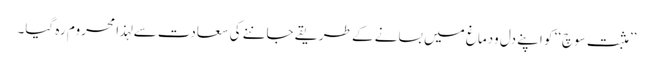
’’مثبت سوچ‘‘ کو اپنے دل ودماغ میں بسانے کے طریقے جاننے کی سعادت سے لہذا محروم رہ گیا۔